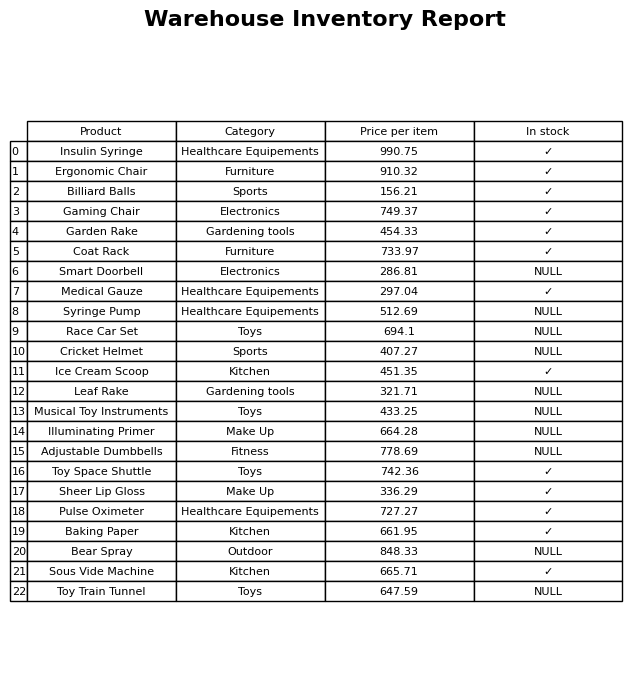
question: What category does the Cricket Helmet belong to?
answer: Sports